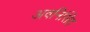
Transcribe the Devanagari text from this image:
अवनिसिंह